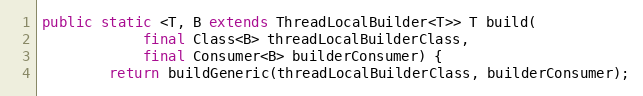
Language: Java
public static <T, B extends ThreadLocalBuilder<T>> T build(
            final Class<B> threadLocalBuilderClass,
            final Consumer<B> builderConsumer) {
        return buildGeneric(threadLocalBuilderClass, builderConsumer);